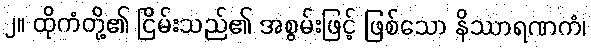
၂။ ထိုကံတို့၏ ငြိမ်းသည်၏ အစွမ်းဖြင့် ဖြစ်သော နိဿာရဏကံ၊